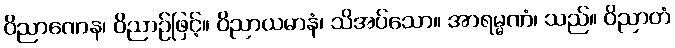
ဝိညာဏေန၊ ဝိညာဉ်ဖြင့်။ ဝိညာယမာနံ၊ သိအပ်သော။ အာရမ္မဏံ၊ သည်။ ဝိညာတံ